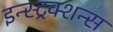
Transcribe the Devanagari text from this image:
इन्स्ट्रक्शन्स